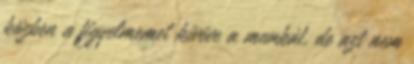
közben a figyelmemet kivéve a munkát, de azt nem